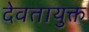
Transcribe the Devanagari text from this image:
देवतायुक्त